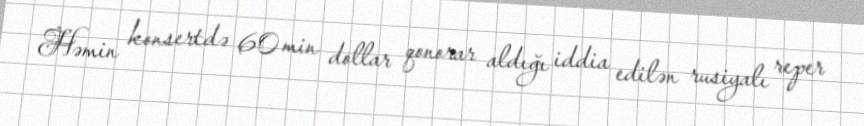
Həmin konsertdə 60 min dollar qonorar aldığı iddia edilən rusiyalı reper